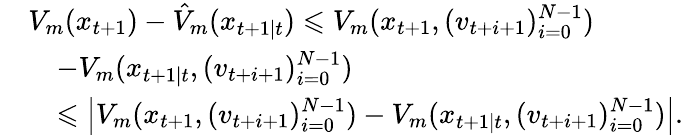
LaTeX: \begin{array}{rl}&{V_{m}(x_{t+1})-\hat{V}_{m}(x_{t+1\mid t})\leqslant V_{m}(x_{t+1},(v_{t+i+1})_{i=0}^{N-1})}\\ &{\quad-V_{m}(x_{t+1\mid t},(v_{t+i+1})_{i=0}^{N-1})}\\ &{\quad\leqslant\left|V_{m}(x_{t+1},(v_{t+i+1})_{i=0}^{N-1})-V_{m}(x_{t+1\mid t},(v_{t+i+1})_{i=0}^{N-1})\right|.}\end{array}